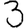
Digit: 3